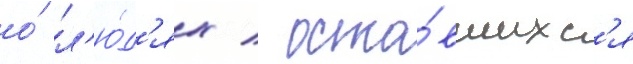
о́ л'ю́д'ях / оста́вшихс'я